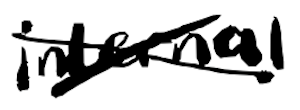
Text: internal
Cross-out: cross
Writing tool: digital_black